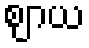
ဈာယ